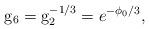
LaTeX: \begin{align*}{{\rm g}_6 = {\rm g}_2^{-1/3}=e^{-\phi_0/3}, }\end{align*}